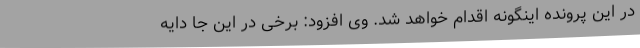
در این پرونده اینگونه اقدام خواهد شد. وی افزود: برخی در این جا دایه